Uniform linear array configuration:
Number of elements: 48
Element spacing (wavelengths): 1
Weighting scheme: hann
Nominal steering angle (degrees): -60
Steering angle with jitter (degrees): -61.725
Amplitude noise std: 0.05
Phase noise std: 0.05

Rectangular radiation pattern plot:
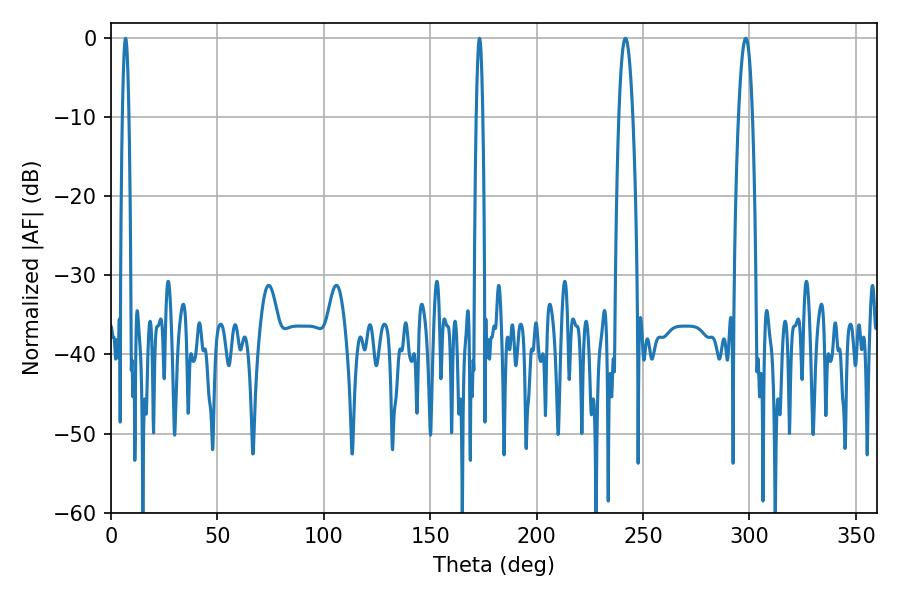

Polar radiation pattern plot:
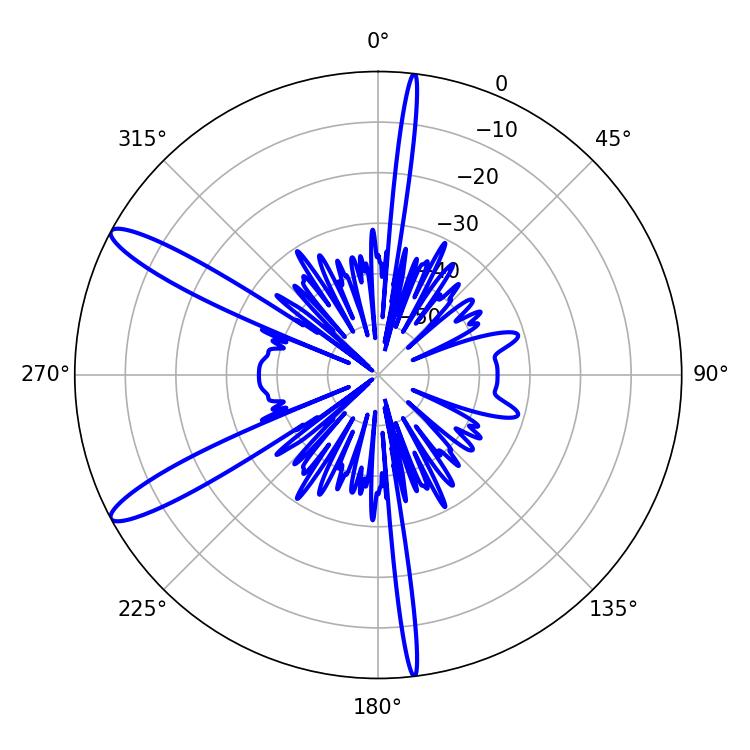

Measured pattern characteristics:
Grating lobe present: TRUE
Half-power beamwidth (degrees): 3.6
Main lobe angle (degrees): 298.26